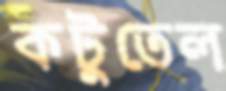
কটুতেল